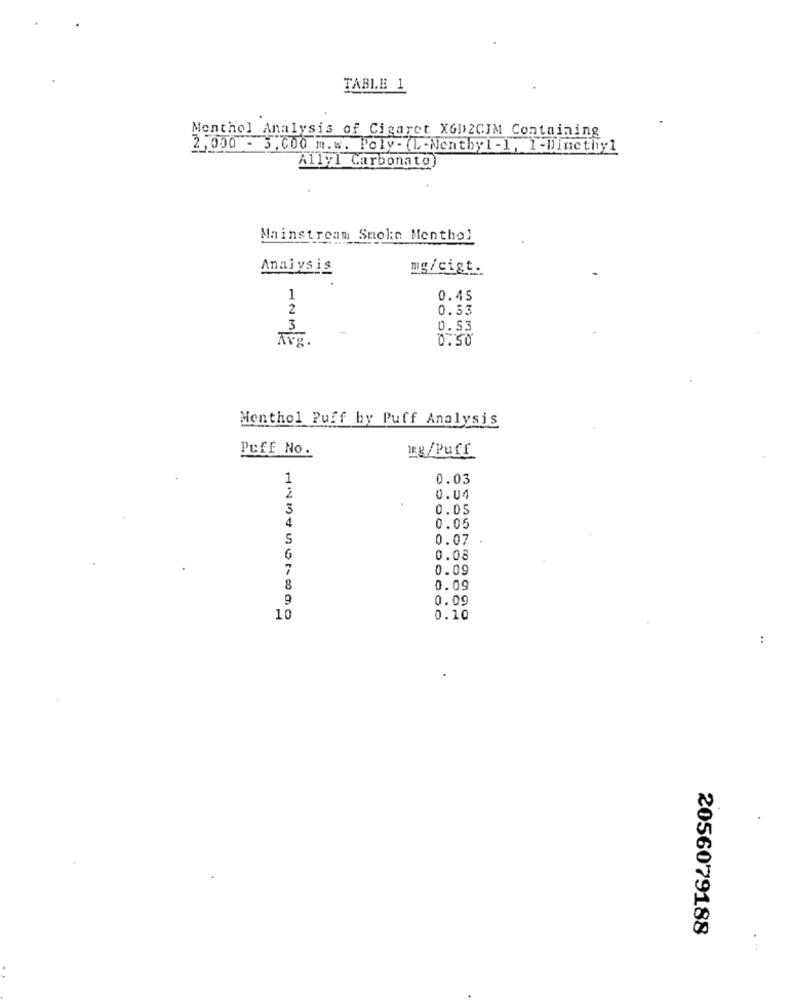
TABLE 1
Monthol Analysis of Cigaret X6D2CIM Containing
2,000 - 3, COO m.w. Poly- (L-Wenthyl -1, 1-Dimethyl
Allyl Carbonato)
Mainstream Smoke Menthol
Analysis
mg/cigt.
1
0.45
2
0.33
3
0.53
Avg.
0.50
Menthol Puff by Puff Analysis
Puff No.
LEg/Puff
1
0.03
2
0.04
3
0.05
4
0.05
5
0.07
6
0.08
7
0.09
8
0.09
9
0.09
10
0.10
:
2056079188